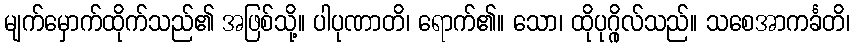
မျက်မှောက်ထိုက်သည်၏ အဖြစ်သို့။ ပါပုဏာတိ၊ ရောက်၏။ သော၊ ထိုပုဂ္ဂိုလ်သည်။ သစေအာကင်္ခတိ၊